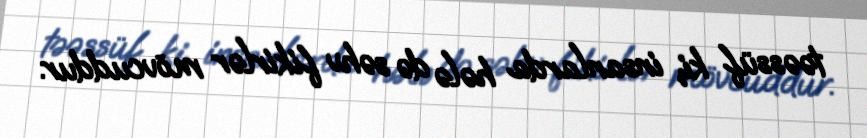
təəssüf ki, insanlarda hələ də səhv fikirlər mövcuddur.